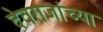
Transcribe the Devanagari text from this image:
देवराजांच्या